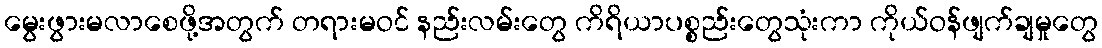
မွေးဖွားမလာစေဖို့အတွက် တရားမဝင် နည်းလမ်းတွေ ကိရိယာပစ္စည်းတွေသုံးကာ ကိုယ်ဝန်ဖျက်ချမှုတွေ